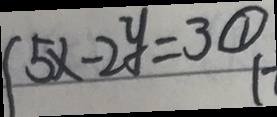
5 x - 2 y = 3 \textcircled { 1 }